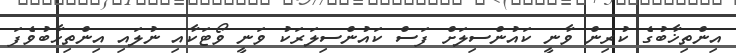
އިންތިޚާބުގެ ކުރިން ވާނީ ކައުންސިލަށް ފަސް ކައުންސިލަރަކު ވަނީ ވޯޓަކާއި ނުލައި އިންތިހާބުވެފަ